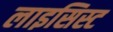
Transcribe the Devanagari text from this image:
लाइसिस्ट